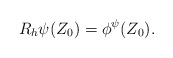
\begin{align*}R_{h}\psi(Z_0)=\phi^\psi(Z_0).\end{align*}